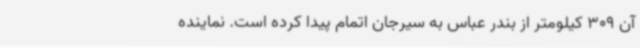
آن 309 کیلومتر از بندر عباس به سیرجان اتمام پیدا کرده است. نماینده